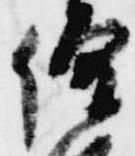
僧